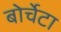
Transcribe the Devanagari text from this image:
बोर्चेटा